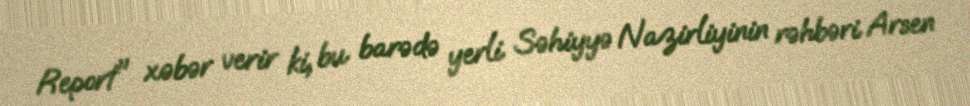
Report" xəbər verir ki, bu barədə yerli Səhiyyə Nazirliyinin rəhbəri Arsen